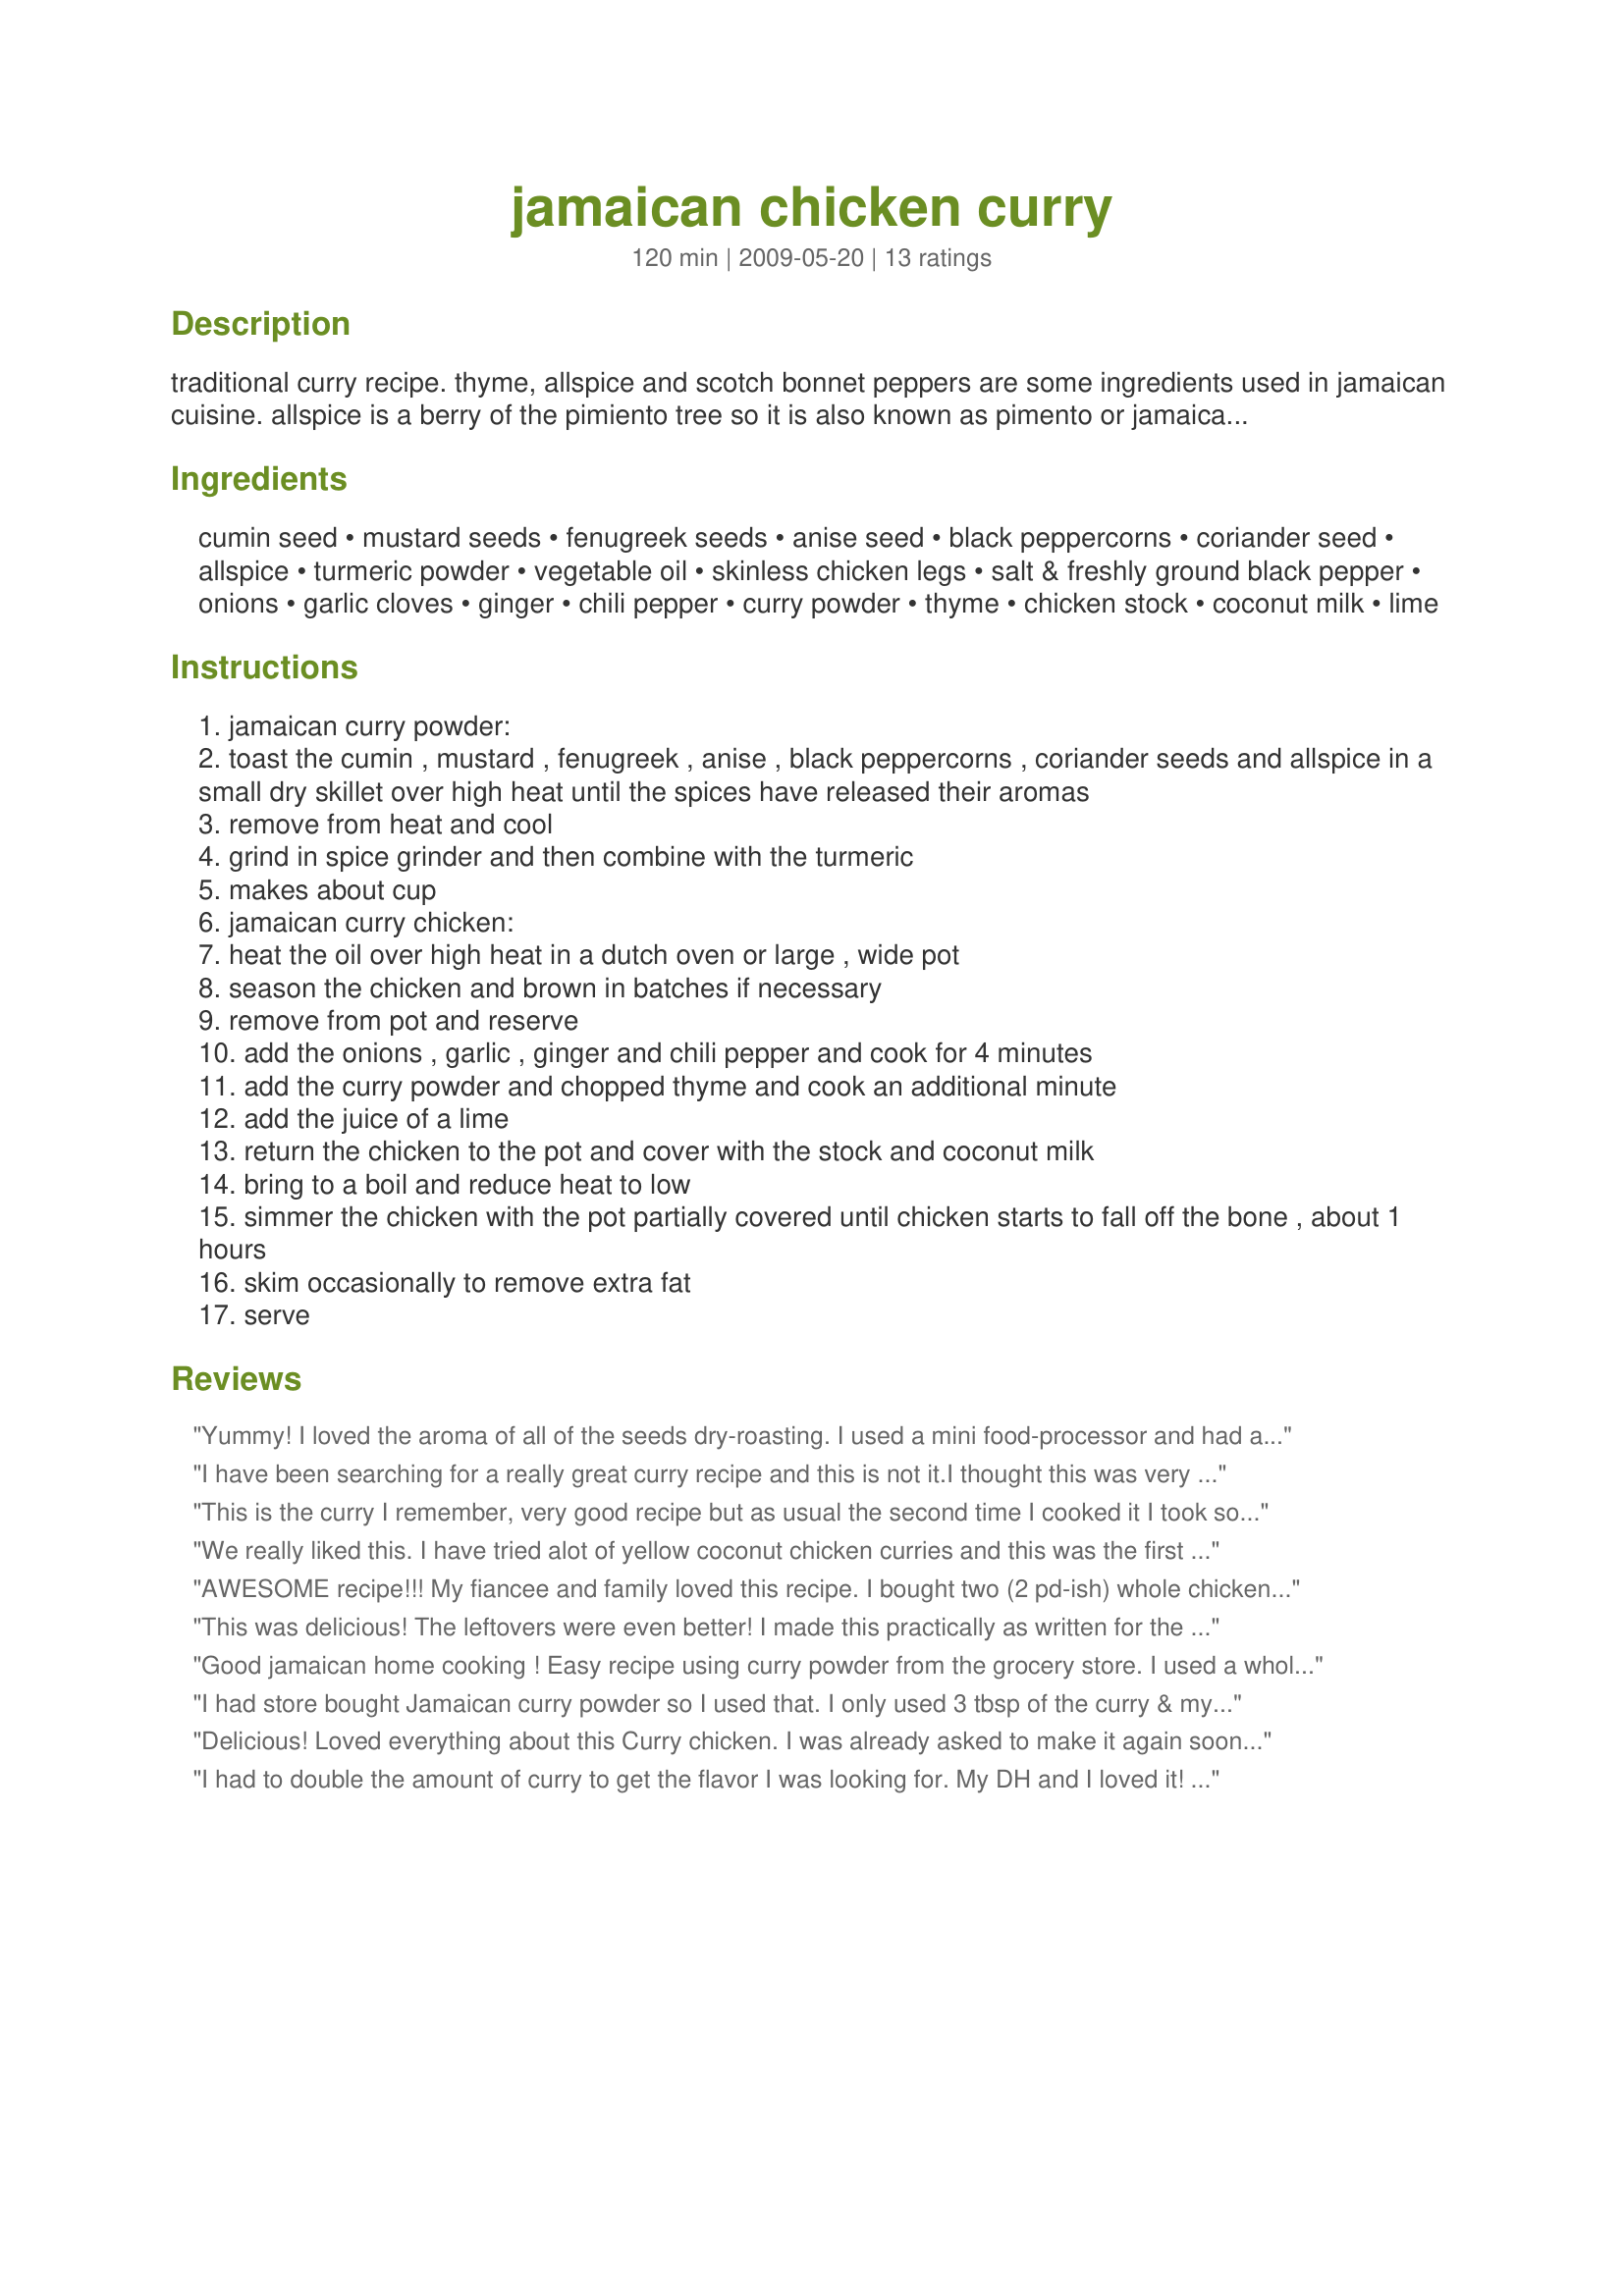
jamaican chicken curry
Preparation time: 120 minutes

traditional curry recipe. thyme, allspice and scotch bonnet peppers are some ingredients used in jamaican cuisine. allspice is a berry of the pimiento tree so it is also known as pimento or jamaican pepper. it is called allspice because it tastes like a blend of cinnamon, nutmeg and cloves. so if you wanted to, you could substitute a cinnamon stick for the allspice in this. serve with rice and salad. note - prep is fairly short, but cooking is approx 1 1/2 hours

Ingredients:
cumin seed, mustard seeds, fenugreek seeds, anise seed, black peppercorns, coriander seed, allspice, turmeric powder, vegetable oil, skinless chicken legs, salt & freshly ground black pepper, onions, garlic cloves, ginger, chili pepper, curry powder, thyme, chicken stock, coconut milk, lime

Steps:
jamaican curry powder:
toast the cumin , mustard , fenugreek , anise , black peppercorns , coriander seeds and allspice in a small dry skillet over high heat until the spices have released their aromas
remove from heat and cool
grind in spice grinder and then combine with the turmeric
makes about cup
jamaican curry chicken:
heat the oil over high heat in a dutch oven or large , wide pot
season the chicken and brown in batches if necessary
remove from pot and reserve
add the onions , garlic , ginger and chili pepper and cook for 4 minutes
add the curry powder and chopped thyme and cook an additional minute
add the juice of a lime
return the chicken to the pot and cover with the stock and coconut milk
bring to a boil and reduce heat to low
simmer the chicken with the pot partially covered until chicken starts to fall off the bone , about 1 hours
skim occasionally to remove extra fat
serve

Reviews:
Yummy! I loved the aroma of all of the seeds dry-roasting. I used a mini food-processor and had a little trouble grinding all of the seeds. I think I would use something else to grind them next time. I used a chicken thigh and drumstick and followed the directions as written. Great fresh curry flavor that went well with recipe #336835. Thanks Deantini for a nice keeper. Made for ZWT5 2009.
I have been searching for a really great curry recipe and this is not it.I thought this was very bland. I think the lime juice should be added at the end as it gave this dish a bitter taste. I added about 1 tablespoon of sugar to decrease the bitterness. As suggested by other reviewers, I add about twice the amount of curry and still, blah. I won't be making this again.
This is the curry I remember, very good recipe but as usual the second time I cooked it I took some creative artistic license. <br/><br/>Cut up a whole chicken into 8 pieces; Use the same seasonings as with the recipe and coat them and bake them...Use the chix stock and coconut milk to make a sauce or gravy... OMG OFF THE HOOK....
We really liked this. I have tried alot of yellow coconut chicken curries and this was the first that was flavourful enough. I really liked the meaty taste that came from using the bones and using chicken stock and thyme along with the strong curry powder taste. I used 6 chicken legs, a can of coconut cream and all the spice powder mix. I like things very spicy and this made it spicy enough. I think if you like things spicy atleast double the spices but if you prefer milder then just use the amount stated. I used fennel seeds instead of anise seeds and I also used a cinamon stick (in addition to the allspice) and I used two whole pieces of star anise.
AWESOME recipe!!! My fiancee and family loved this recipe. I bought two (2 pd-ish) whole chickens (de-boned and removed skin). The mix of white and dark meat blended wonderfully with the spices, coconut milk and stock. I used approximately, 4 cups of sliced onions. I sauteed them with a little salt, to release water, then added the garlic, ginger and bonnet. At first I thought 4 tbsps of curry was too much, but it worked great with one (13.5 fl oz) can of A Taste of Thai - coconut milk, thyme and stock. The simmering for one and a half hours is important, it makes the sauce silky smooth. I served the dish with white basmati rice, along with an avocado, tomato and onion salad.
This was delicious! The leftovers were even better! I made this practically as written for the chicken part. I omitted the scotch bonnet chili pepper and added potatoes. I already had a curry powder so I didn't need to make one. My DH was rubbing his belly after this meal (and I was smacking my lips) of curry chicken. We served it with rice.
Good jamaican home cooking ! Easy recipe using curry powder from the grocery store. I used a whole chicken cut up, used chicken bouillon & hot water instead of stock and because I was also out of coconut milk I used a few tablespoons of coconut cream mixed into evaporated milk - I added extra curry powder to taste and it is simmering away as I type.. can't wait to eat it in a little bit - the sauce tastes good so far.
I had store bought Jamaican curry powder so I used that. I only used 3 tbsp of the curry & my family was complaining there was too much spice. Next time I will cut it down to 2 tbsp. Made for Zaar Stars
Delicious! Loved everything about this Curry chicken. I was already asked to make it again soon. Made for Everyday Is A Holiday Tag Game.
I had to double the amount of curry to get the flavor I was looking for. My DH and I loved it! He's half Jamaican and suggested doubling the curry powder after tasting the cooking liquid as I was about to turn off the flame. Glad he told me that because he was putting the leftover sauce on everything after that.
This recipe was PERFECT! Just the right amount of heat and flavor. A MUST USE!!!!
this is EXACTLY how jamaican curry should taste... just like when I lived in Jamaica... the aroma, taste, spice is all there... I used thighs, cuz theyre simply the best part to use when simmering for so long. Hit this with a teaspoon or so of lime juice at the end too for that extra oomph!
Made this for my DHs lunches, simple to put together and absolutely full of flavour. I used a coffee grinder to grind the curry powder (which smelled divine), its never been used to grind coffee but it's marvellous for nuts and seeds! I used all drumsticks, and let it cook away gently, DH declared it excellent. I made simple steamed white rice to go with it.

Lovely recipe, made for ZWT5
